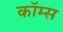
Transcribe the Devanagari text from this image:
कॉम्स